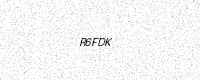
Text: R6FDK